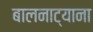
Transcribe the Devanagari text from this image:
बालनाट्याना